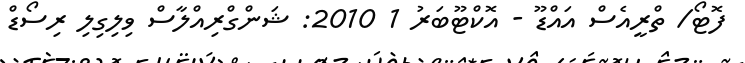
ފޮޓޯ/ ތްރީއެސް އައްޑޫ - އޮކްޓޫބަރު 1 2010: ޝަންގްރިއްލާސް ވިލިގިލި ރިސޯޑް